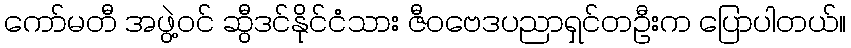
ကော်မတီ အဖွဲ့ဝင် ဆွီဒင်နိုင်ငံသား ဇီဝဗေဒပညာရှင်တဦးက ပြောပါတယ်။